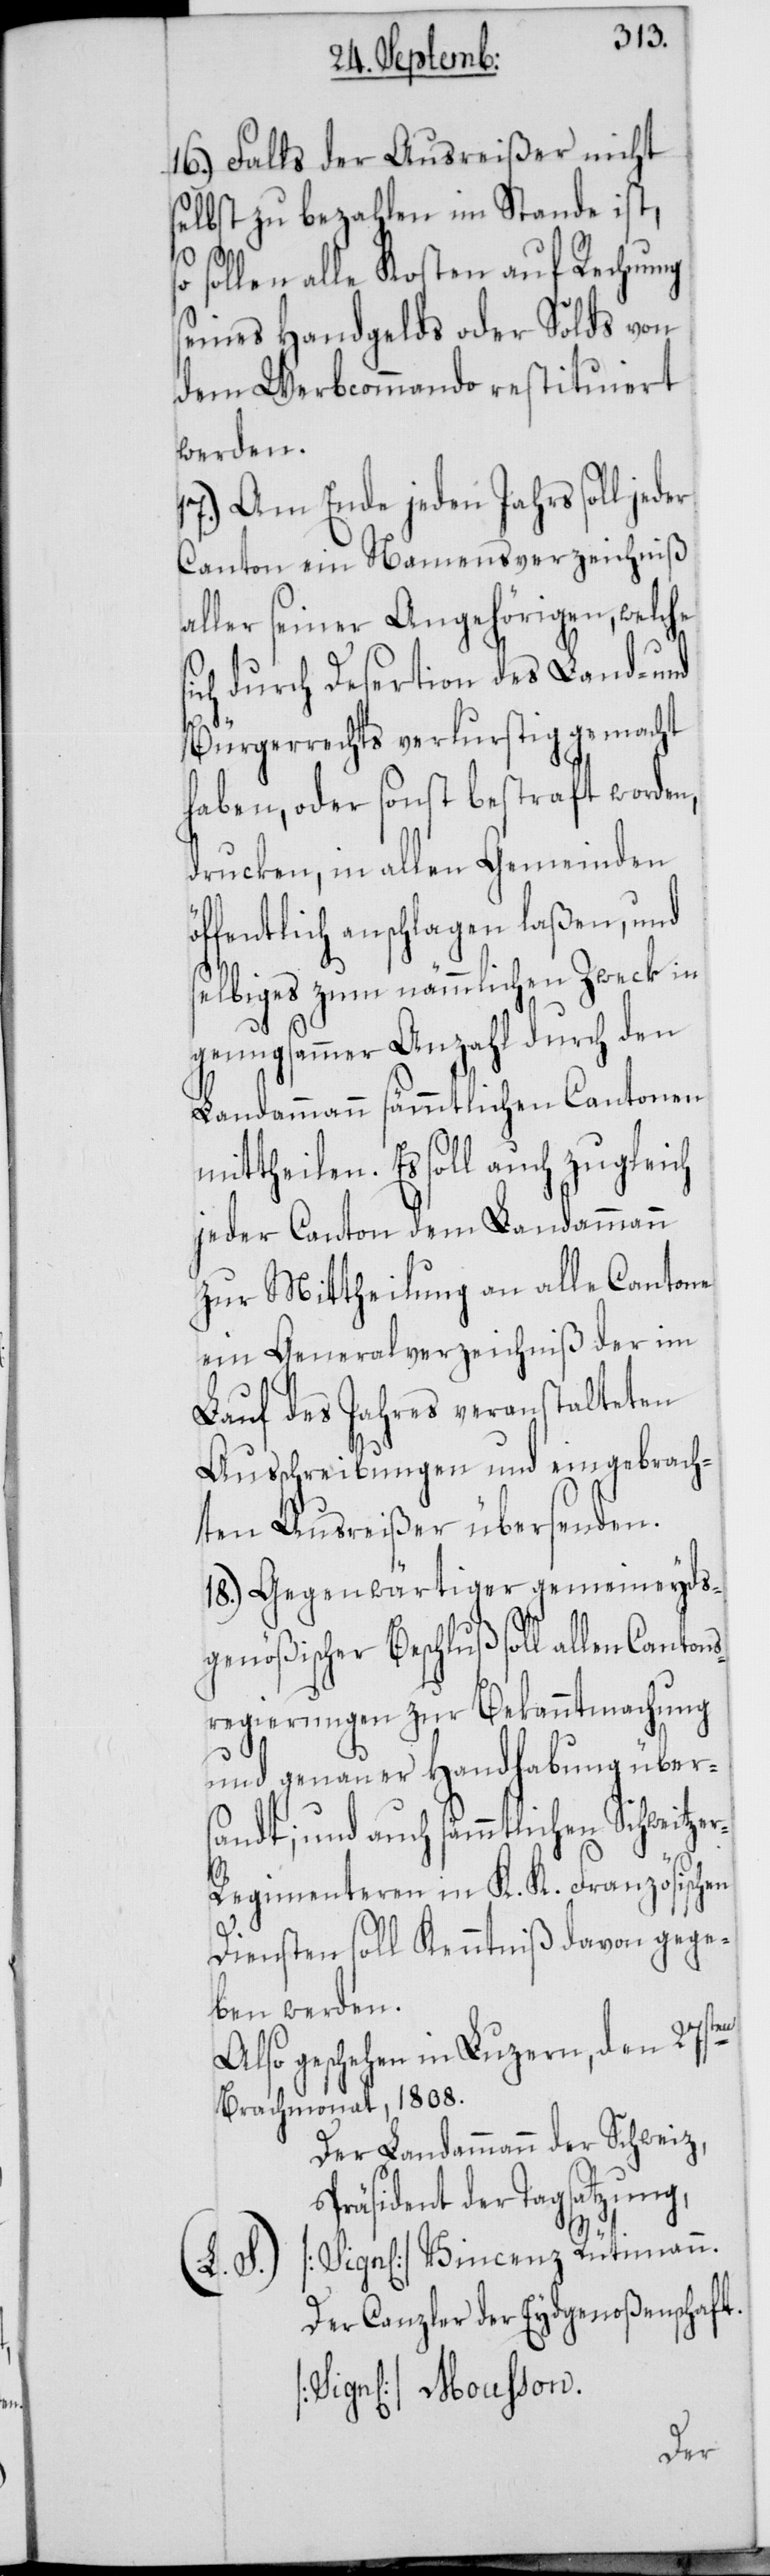
16.) Falls der Ausreißer nicht
selbst zu bezahlen im Stande ist,
so
sollen alle Kosten auf Rechnung
seines Handgelds oder Solds von
dem Werbkommando restituiert
werden.
17.) Am Ende jeden Jahrs soll jeder
Canton ein Namensverzeichniß
aller seiner Angehörigen, welche
sich durch Desertion des Land- und
Bürgerrechts verlurstig gemacht
haben, oder sonst bestraft worden,
drucken, in allen Gemeinden
öffentlich anschlagen laßen, und
selbiges zum nämmlichen Zweck in
genugsammer Anzahl durch den
Landammann sämmtlichen Cantonen
mittheilen. Es soll auch zugleich
jeder Canton dem Landammann
zur Mittheilung an alle Cantone
ein Generalverzeichniß der im
Lauf des Jahres veranstalteten
Ausschreibungen und eingebrach¬
ten Ausreißer übersenden.
18.) Gegenwärtiger gemeineyds¬
genößischer Beschluß soll allen Canton¬
sregierungen zur Bekanntmachung
und genauer Handhabung über¬
sandt; und auch sämmtlichen Schweitze¬
r-Regimenteren in K. K. Französischen
Diensten soll Kenntniß davon gege¬
ben werden.
Also geschehen in Luzern, den 27sten
Brachmonat, 1808.
Der Landammann der Schweiz,
Präsident der Tagsatzung,
[Sign[iert]] Vincenz Rütimann.
Der Canzler der Eydgenoßenschaft.